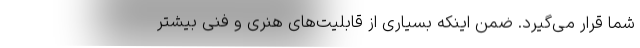
شما قرار می‌گیرد. ضمن اینکه بسیاری از قابلیت‌های هنری و فنی بیشتر